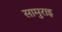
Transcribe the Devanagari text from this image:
सामुराइ